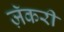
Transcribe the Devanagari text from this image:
ज़ॅकरी